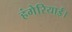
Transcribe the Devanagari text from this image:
हंगेरियाई।